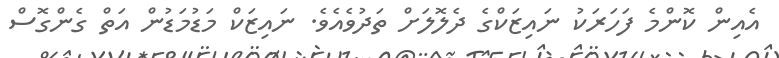
އެއިން ކޮންމެ ފަހަރަކު ނައިޒަކްގެ ދެލޮލަށް ތަދުވެއެވެ. ނައިޒަކް މަޑުމަޑުން އަތް ގެންގޮސް